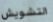
التشويش